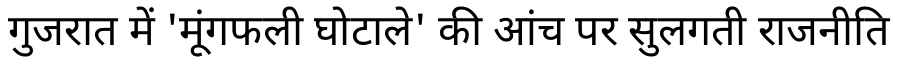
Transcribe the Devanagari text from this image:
गुजरात में 'मूंगफली घोटाले' की आंच पर सुलगती राजनीति